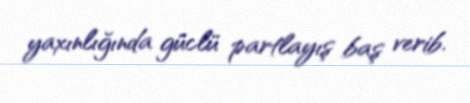
yaxınlığında güclü partlayış baş verib.